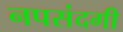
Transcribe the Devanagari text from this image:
नपसंदगी